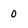
Character: 0